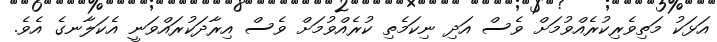
އަޅަކު މަތިވެރިކުރެއްވުމަށް ވެސް އަދި ނިކަމެތި ކުރެއްވުމަށް ވެސް އިރާދަކުރައްވަނީ އެކަލާނގެ އެވެ.